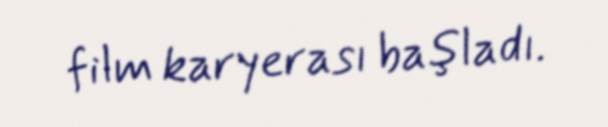
film karyerası başladı.